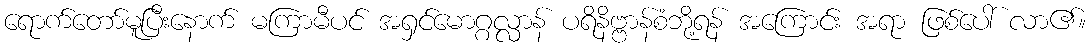
ရောက်တော်မူပြီးနောက် မကြာမီပင် အရှင်မောဂ္ဂလ္လာန် ပရိနိဗ္ဗာန်စံဘို့ရန် အကြောင်း အရာ ဖြစ်ပေါ် လာ၏။